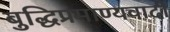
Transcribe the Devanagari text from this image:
बुद्धिप्रमाण्यवादी